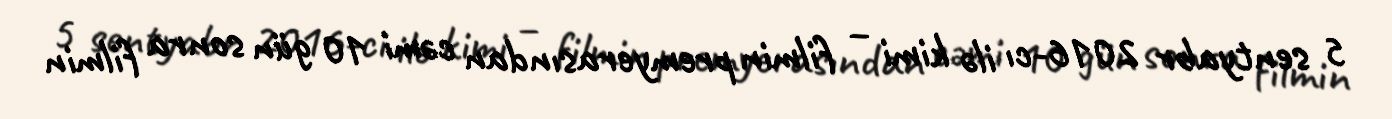
5 sentyabr 2016-cı ilə kimi – filmin premyerasından cəmi 10 gün sonra filmin